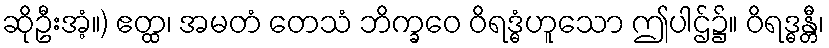
ဆိုဦးအံ့။) ဧတ္ထ၊ အမတံ တေသံ ဘိက္ခဝေ ဝိရဒ္ဓံဟူသော ဤပါဌ်၌။ ဝိရဒ္ဓန္တီ၊